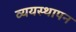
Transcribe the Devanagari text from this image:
व्ययस्थापन